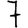
Digit: 7